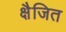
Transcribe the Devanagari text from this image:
क्षैजित